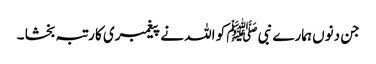
جن دنوں ہمارے نبی ﷺ کو اللہ نے پیغمبری کا رتبہ بخشا ۔